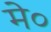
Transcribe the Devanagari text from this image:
मे०